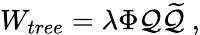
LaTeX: W_{tree}=\lambda\Phi\mathcal{Q}{\widetilde{\mathcal{Q}}}~,